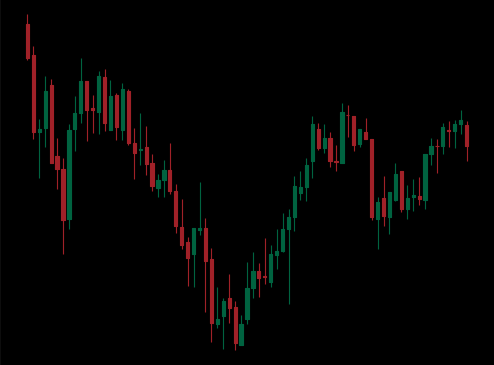
Pattern: inverse_head_shoulders